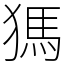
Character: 獁